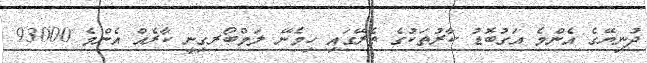
ދުނިޔޭގެ އެންމެ އަގުބޮޑު ކާރުތަކުގެ ތެރޭގައި ހިމެނޭ ލަމްބޯރގިނީ ކާރެއް އެންމެ 93000